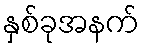
နှစ်ခုအနက်